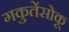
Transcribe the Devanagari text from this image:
गकुतेंसोकू